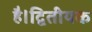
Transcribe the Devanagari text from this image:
है।द्वितीयक